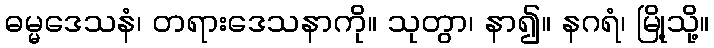
ဓမ္မဒေသနံ၊ တရားဒေသနာကို။ သုတွာ၊ နာ၍။ နဂရံ၊ မြို့သို့။